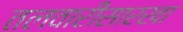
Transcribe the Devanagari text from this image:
तलवारीसारखा